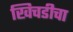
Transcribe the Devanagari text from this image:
खिचडीचा